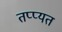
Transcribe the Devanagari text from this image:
तप्प्यत